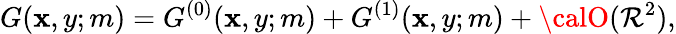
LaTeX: G(\mathbf{x},y;m)=G^{(0)}(\mathbf{x},y;m)+G^{(1)}(\mathbf{x},y;m)+{\calO}(\mathcal{R}^{2}),